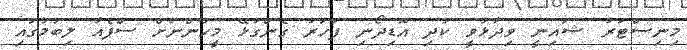
މިިނިސްޓަރު ޝައިނީ ވިދާޅުވީ ކުދި އޮޑިދޯނި ފަހަރު ގެންގުޅޭ މީހުންނަށް ސްޕެއާ ލިބުމުގައި